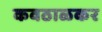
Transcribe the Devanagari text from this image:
कवठाळकर